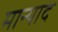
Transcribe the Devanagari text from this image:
मान्याद